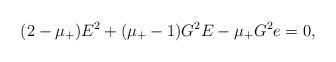
LaTeX: \begin{align*}(2-\mu_+)E^2+(\mu_+-1)G^2E-\mu_+G^2e=0,\end{align*}